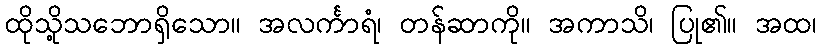
ထိုသို့သဘောရှိသော။ အလင်္ကာရံ၊ တန်ဆာကို။ အကာသိ၊ ပြု၏။ အထ၊